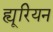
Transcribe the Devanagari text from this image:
ह्यूरियन